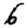
Digit: 6